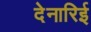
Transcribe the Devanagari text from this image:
देनारिई